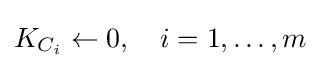
K_{C_{i}}\leftarrow 0,\quad i=1,\ldots ,m